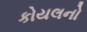
કોયલનો